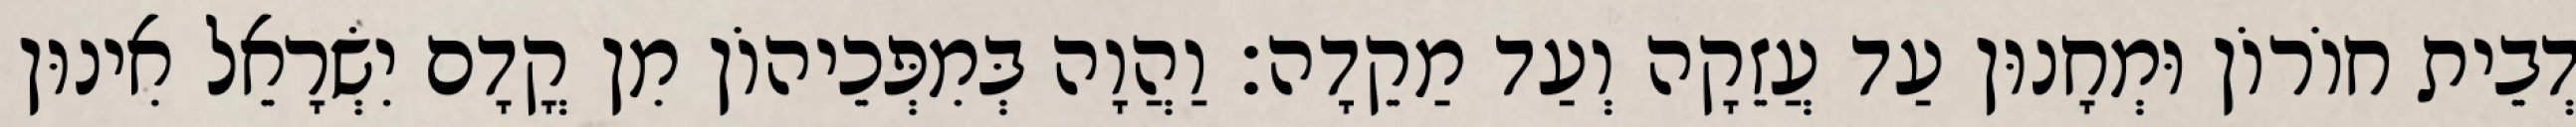
דְבֵית חוֹרוֹן וּמְחָנוּן עַד עֲזֵקָה וְעַד מַקֵדָה׃ וַהֲוָה בְּמִפְּכֵיהוֹן מִן קֳדָם יִשְׂרָאֵל אִינוּן